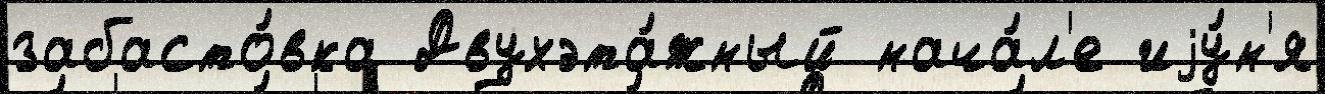
забасто́вка Двухэта́жный нача́л'е иjу́н'я